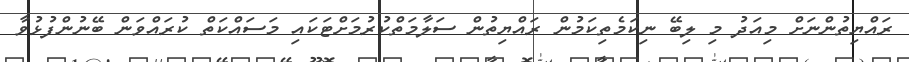
ރައްޔިތުންނަށް މިއަދު މި ލިބޭ ނިކަމެތިކަމުން ރައްޔިތުން ސަލާމަތްކުރުމަށްޓަކައި މަސައްކަތް ކުރައްވަން ބޭނުންފުޅުވާ